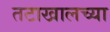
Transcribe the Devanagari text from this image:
तटाखालच्या